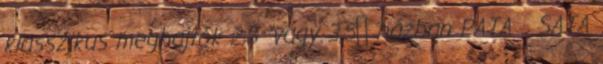
klasszikus meghajtók 2,5 “vagy 3,5″ házban PATA SATA